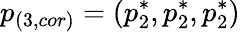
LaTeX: p_{(3,cor)}=(p_{2}^{*},p_{2}^{*},p_{2}^{*})